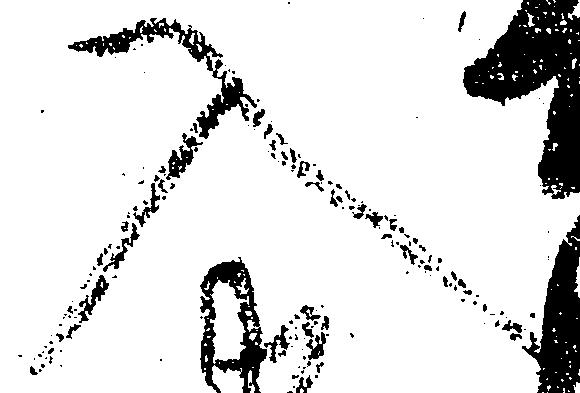
入